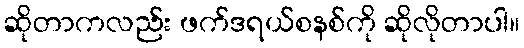
ဆိုတာကလည်း ဖက်ဒရယ်စနစ်ကို ဆိုလိုတာပါ။